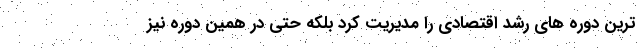
ترین دوره های رشد اقتصادی را مدیریت کرد بلکه حتی در همین دوره نیز